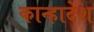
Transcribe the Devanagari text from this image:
कान्हादेश